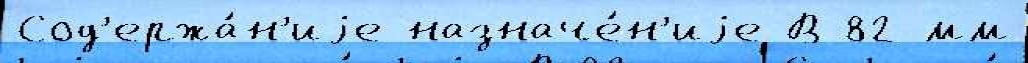
Сод'ержа́н'иjе назначе́н'иjе В 82-мм